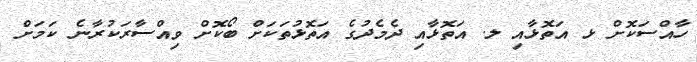
ހާއްސަކޮށް ޅ އަތޮޅާއި ލ. އަތޮޅާއި ދެމެދުގެ އަތޮޅުތަކަށް ބޯކޮށް ވިއްސާރަކުރާނެ ކަމަށް